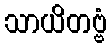
သာယိတဗ္ဗံ